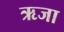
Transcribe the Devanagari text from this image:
ऋजा